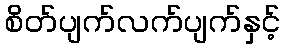
စိတ်ပျက်လက်ပျက်နှင့်